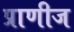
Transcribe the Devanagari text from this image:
प्राणीज